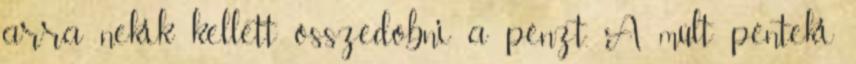
arra nekik kellett összedobni a pénzt. A múlt pénteki